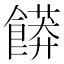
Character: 𲋟